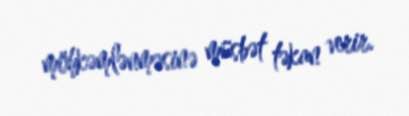
möhkəmlənməsinə müsbət təkan verir.